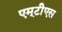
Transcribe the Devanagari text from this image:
एम्‌टीेएस